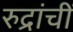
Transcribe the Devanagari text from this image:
रुद्रांचीं